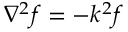
\nabla ^ { 2 } f = - k ^ { 2 } f